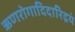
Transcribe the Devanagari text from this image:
ऋणरोगादिदारिद्रयं